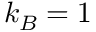
k _ { B } = 1